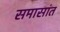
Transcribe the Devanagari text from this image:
समासांत